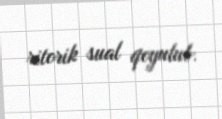
ritorik sual qoyulub.